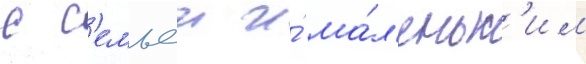
с с'емьеи и́ ма́л'еньк'им